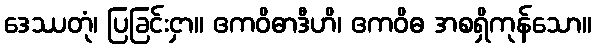
ဒေဿတုံ၊ ပြခြင်းငှာ။ ဧကဝိဓာဒီဟိ၊ ဧကဝိဓ အစရှိကုန်သော။